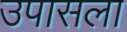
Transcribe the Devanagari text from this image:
उपासला